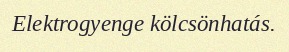
Elektrogyenge kölcsönhatás.